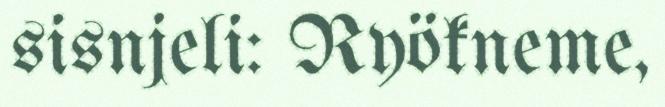
sisnjeli: Ryökneme,